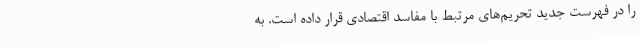
را در فهرست جدید تحریم‌های مرتبط با مفاسد اقتصادی قرار داده است. به